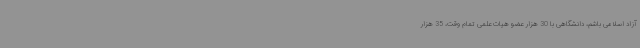
آزاد اسلامی باشم، دانشگاهی با 30 هزار عضو هیات علمی تمام وقت، 35 هزار